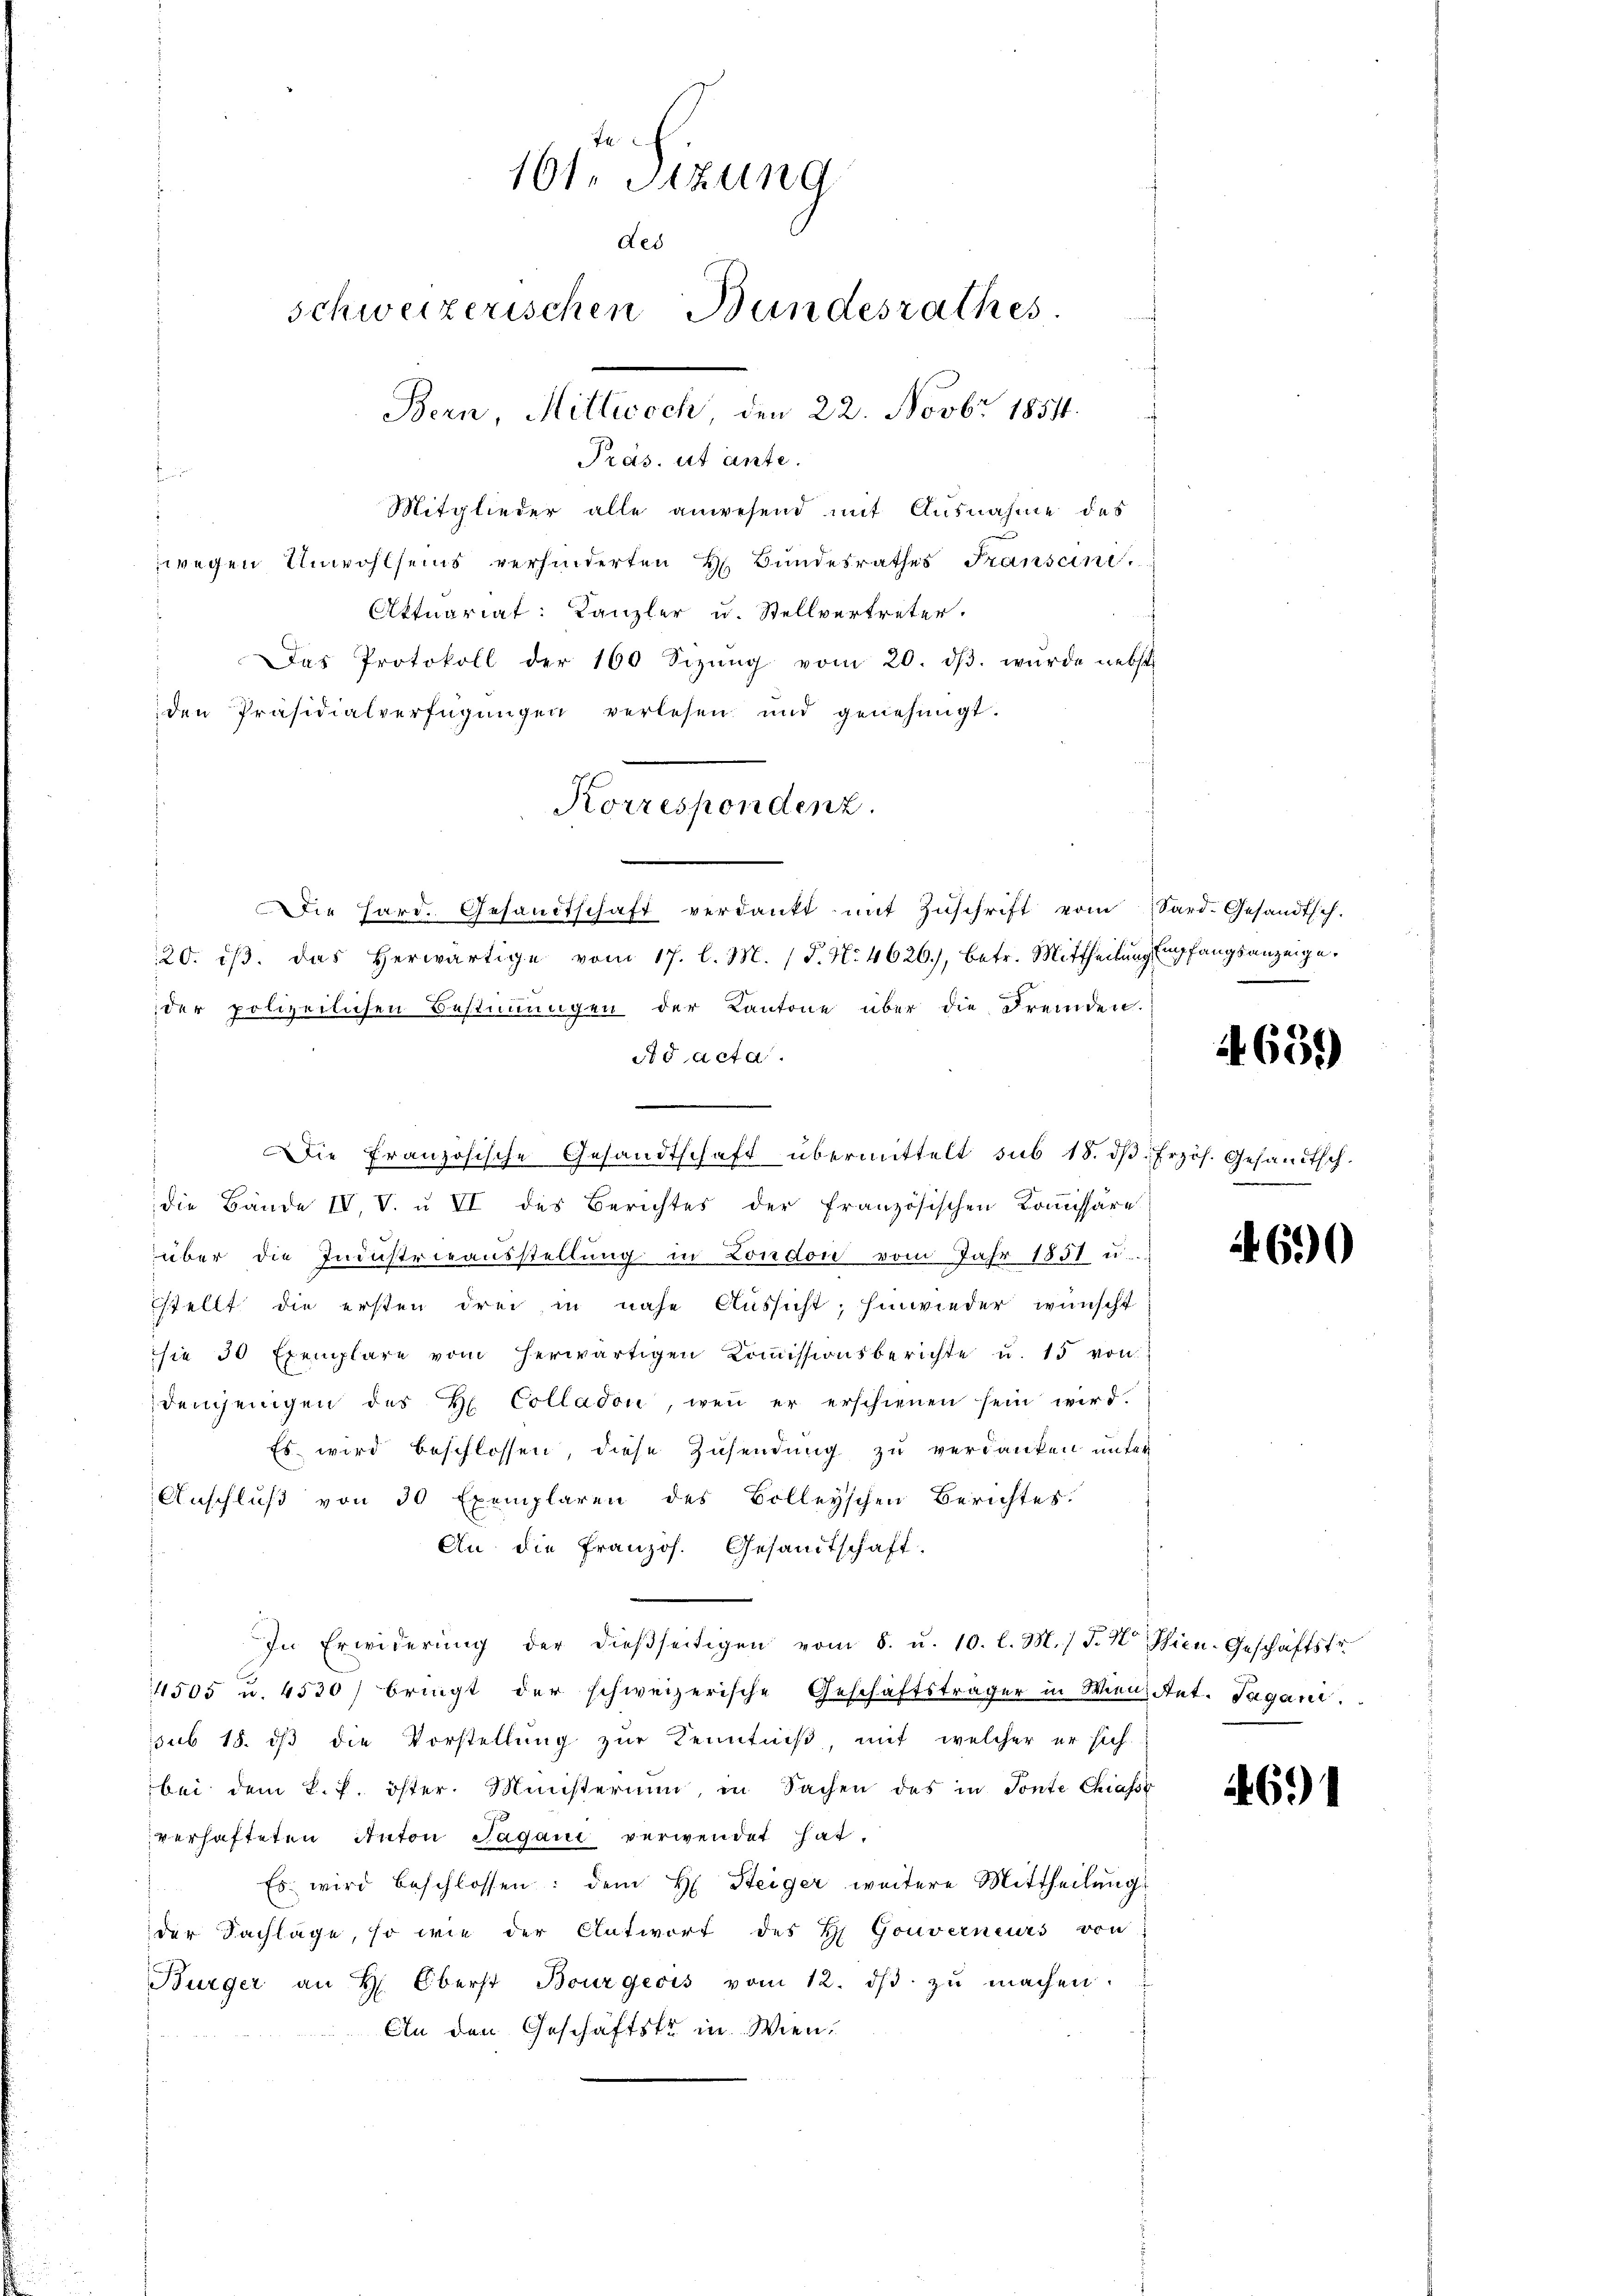
ta
Mitglieder alle anwesend mit Ausnahme des
wegen Unwohlseins verhinderten H. Bundesrathes Franscini,
Aktuariat: Kanzler u. Stellvertreter.
Das Protokoll der 160 Sizŭng vom 20. dβ. wurde nebst
den Präsidialverfügungen verlesen und genehmigt.
Die Hard. Gesandtschaft verdankt mit Zŭschrift vom Sard.Gesandtsch.
20. dβ. Das herwärtige vom 17. l. M. (T. N. 4626), betr. Mittheilŭng Empfangsanzeige.
der polizeilichen Bestimungen der Kantone über die Fremden.
Ad acta.
n
Die französische Gesandtschaft übermittelt sub 18. d. Frzös. Gesandtschdie Bände IV, V. u VI des Berichtes der französischen Koṁissäre
über die Industrieausstellung in London vom Jahr 1851 u.
stellt die ersten drei in nahe Aŭssicht; hinwieder wünscht
sie 30 Exemplare vom herwärtigen Kommissionsberichte u. 15 von
demjenigen des H. Colladon, wenn er erschienen sein wird.
Es wird beschlossen, diese Zusendung zu verdanken unter
Anschluß von 50 Exemplaren des Bolleyschen Berichtes.
An die französ. Gesandtschaft.
In Erwiderŭng der dieβseitigen vom 8. u. 10. l. M.) J. M. Thien-Geschäftstr
1505 u. 4530/ bringt der schweizerische Geschäftsträger in Wien Ant. Tagani
sub 15. dß die Vorstellung zur Kenntniß mit welcher er sich
bei dem k. P. öster. Ministerium, in Sachen des in Tonte Chiass
verhafteten Anton Tagani verwendet hat.
Es wird beschlossen: dem H. Steiger weitere Mittheilŭng
der Fachlage, so wie der Antwort des H. Gouverneurs von
Bürger an H. Oberst Bourgeois vom 12. dβ zŭ machen.
An den Geschäftste in Wien.

161. Sitzung
ded
schweizerischen Bundesrathes
Bern, Mittwoch, den 22. Novbr 1851.
Präs. ut ante.

Korrespondenz.

44639)

.

4690

61)